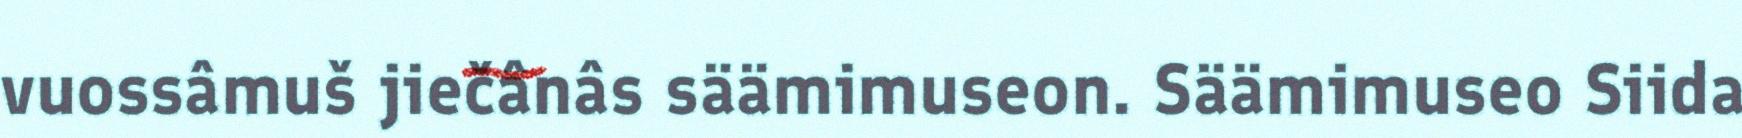
vuossâmuš jiečânâs säämimuseon. Säämimuseo Siida